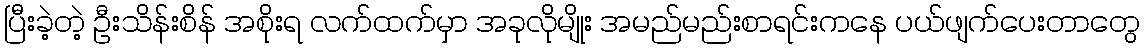
ပြီးခဲ့တဲ့ ဦးသိန်းစိန် အစိုးရ လက်ထက်မှာ အခုလိုမျိုး အမည်မည်းစာရင်းကနေ ပယ်ဖျက်ပေးတာတွေ